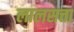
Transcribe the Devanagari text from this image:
लालसत्ता